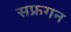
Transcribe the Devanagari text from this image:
सफ्रगन